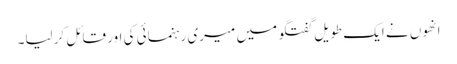
انھوں نے ایک طویل گفتگو میں میری رہنمائی کی اور قائل کرلیا۔